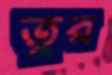
তুর